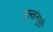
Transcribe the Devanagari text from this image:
सुल्तांनपुरी